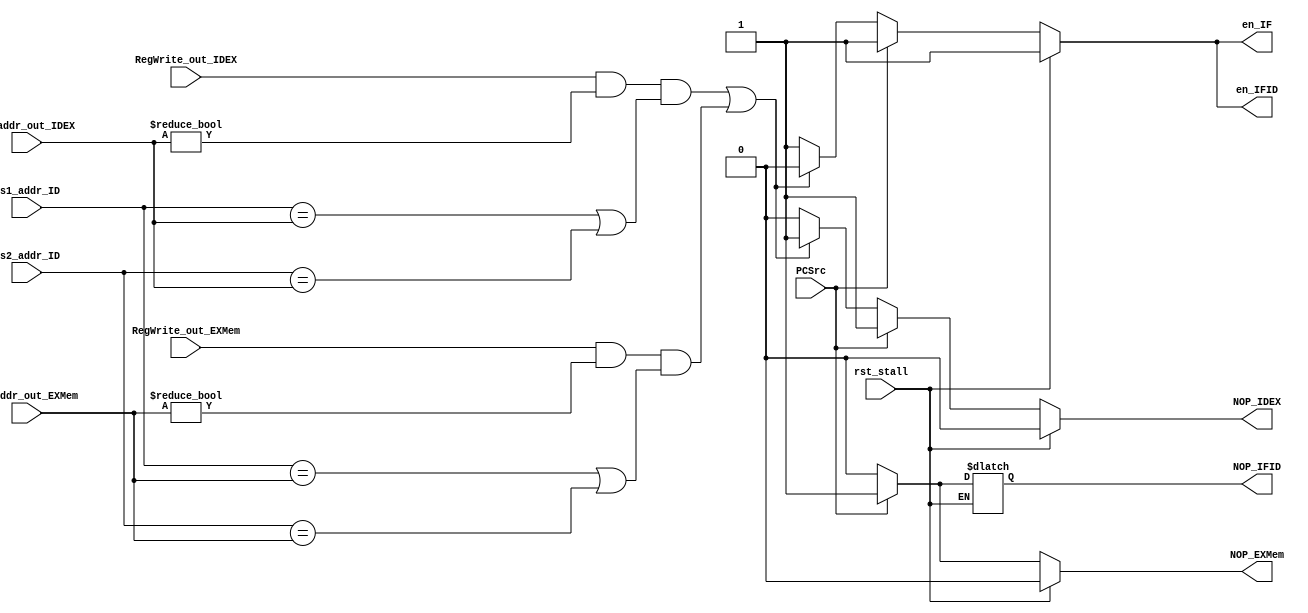
module stall(
    input rst_stall, //
    input RegWrite_out_IDEX, //
    input [4:0]Rd_addr_out_IDEX, //
    input RegWrite_out_EXMem, //
    input [4:0]Rd_addr_out_EXMem, //
    input [4:0]Rs1_addr_ID, //1
    input [4:0]Rs2_addr_ID, //2
    // input Rs1_used, //Rs1
    // input Rs2_used, //Rs2
    // input Branch_ID, //beq
    // input BranchN_ID, //bne
    // input Jump_ID, //jal
    // input Branch_out_IDEX, //beq
    // input BranchN_out_IDEX, //bne
    // input Jump_out_IDEX, //jal
    // input Branch_out_EXMem, //beq
    // input BranchN_out_EXMem, //bne
    // input Jump_out_EXMem, //jal
    input PCSrc,
    output reg en_IF,
    output reg en_IFID,
    output reg NOP_IFID,
    output reg NOP_IDEX,
    output reg NOP_EXMem
    );

    assign data_hazard=((RegWrite_out_IDEX && (Rd_addr_out_IDEX!=0) && (Rs1_addr_ID==Rd_addr_out_IDEX || Rs2_addr_ID==Rd_addr_out_IDEX))
        ||(RegWrite_out_EXMem && (Rd_addr_out_EXMem!=0) && (Rs1_addr_ID==Rd_addr_out_EXMem || Rs2_addr_ID==Rd_addr_out_EXMem)));

    always @(*) begin
        if(rst_stall==1'b1) begin
            en_IF<=1'b1;
            en_IFID<=1'b1;
            NOP_IDEX<=1'b0;
            NOP_IDEX<=1'b0;
            NOP_EXMem<=1'b0;
        end
        else begin
            en_IF<=1'b1;
            en_IFID<=1'b1;
            NOP_IDEX<=1'b0;
            NOP_IFID<=1'b0;
            NOP_EXMem<=1'b0;
            if(data_hazard==1'b1) begin
                en_IF<=1'b0;
                en_IFID<=1'b0;
                NOP_IDEX<=1'b1;
                NOP_IFID<=1'b0;
                NOP_EXMem<=1'b0;
            end
            if(PCSrc==1'b1) begin
                en_IF<=1'b1;
                en_IFID<=1'b1;
                NOP_IDEX<=1'b1;
                NOP_IFID<=1'b1;
                NOP_EXMem<=1'b1;
            end
        end        
    end
endmodule